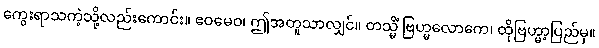
ကွေးရာသကဲ့သို့လည်းကောင်း။ ဧဝမေဝ၊ ဤအတူသာလျှင်။ တသ္မိံ ဗြဟ္မလောကေ၊ ထိုဗြဟ္မာ့ပြည်မှ။